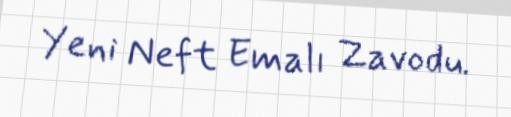
Yeni Neft Emalı Zavodu.